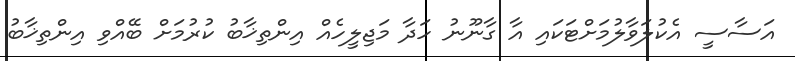
އަސާސީ އެކުލަވާލުމަށްޓަކައި އާ ގާނޫނު ހަދާ މަޖިލީހެއް އިންތިޚާބު ކުރުމަށް ބޭއްވި އިންތިޚާބު